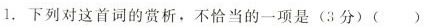
1.下列对这首词的赏析，不恰当的一项是(3分)( )